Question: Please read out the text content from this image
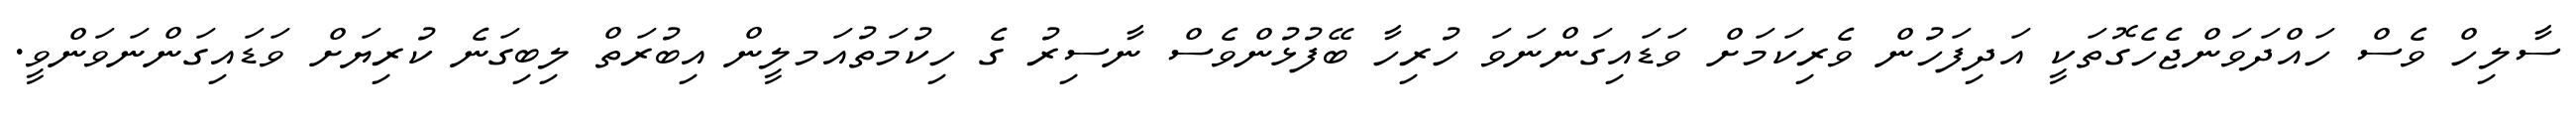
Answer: ސާލިހް ވެސް ހައްދަވަންޖެހެގޮތަކީ އަދިފަހުން ވެރިކަމަށް ވަޑައިގަންނަވަ ހުރިހާ ބޭފުޅުންވެސް ނާސިރު ގެ ހިކުމަތުއަމލީން އިބުރަތް ލިބިގަނެ ކުރިޔަށް ވަޑައިގަންނަވަންވީ.